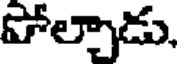
పోల్చాడు,